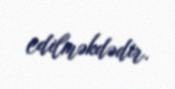
edilməkdədir.